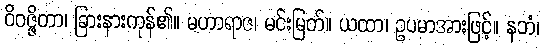
ဝိဝဇ္ဇိတာ၊ ခြားနားကုန်၏။ မဟာရာဇ၊ မင်းမြတ်။ ယထာ၊ ဥပမာအားဖြင့်။ နဘံ၊